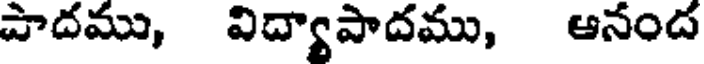
పాదము, విద్యాపాదము, ఆనంద